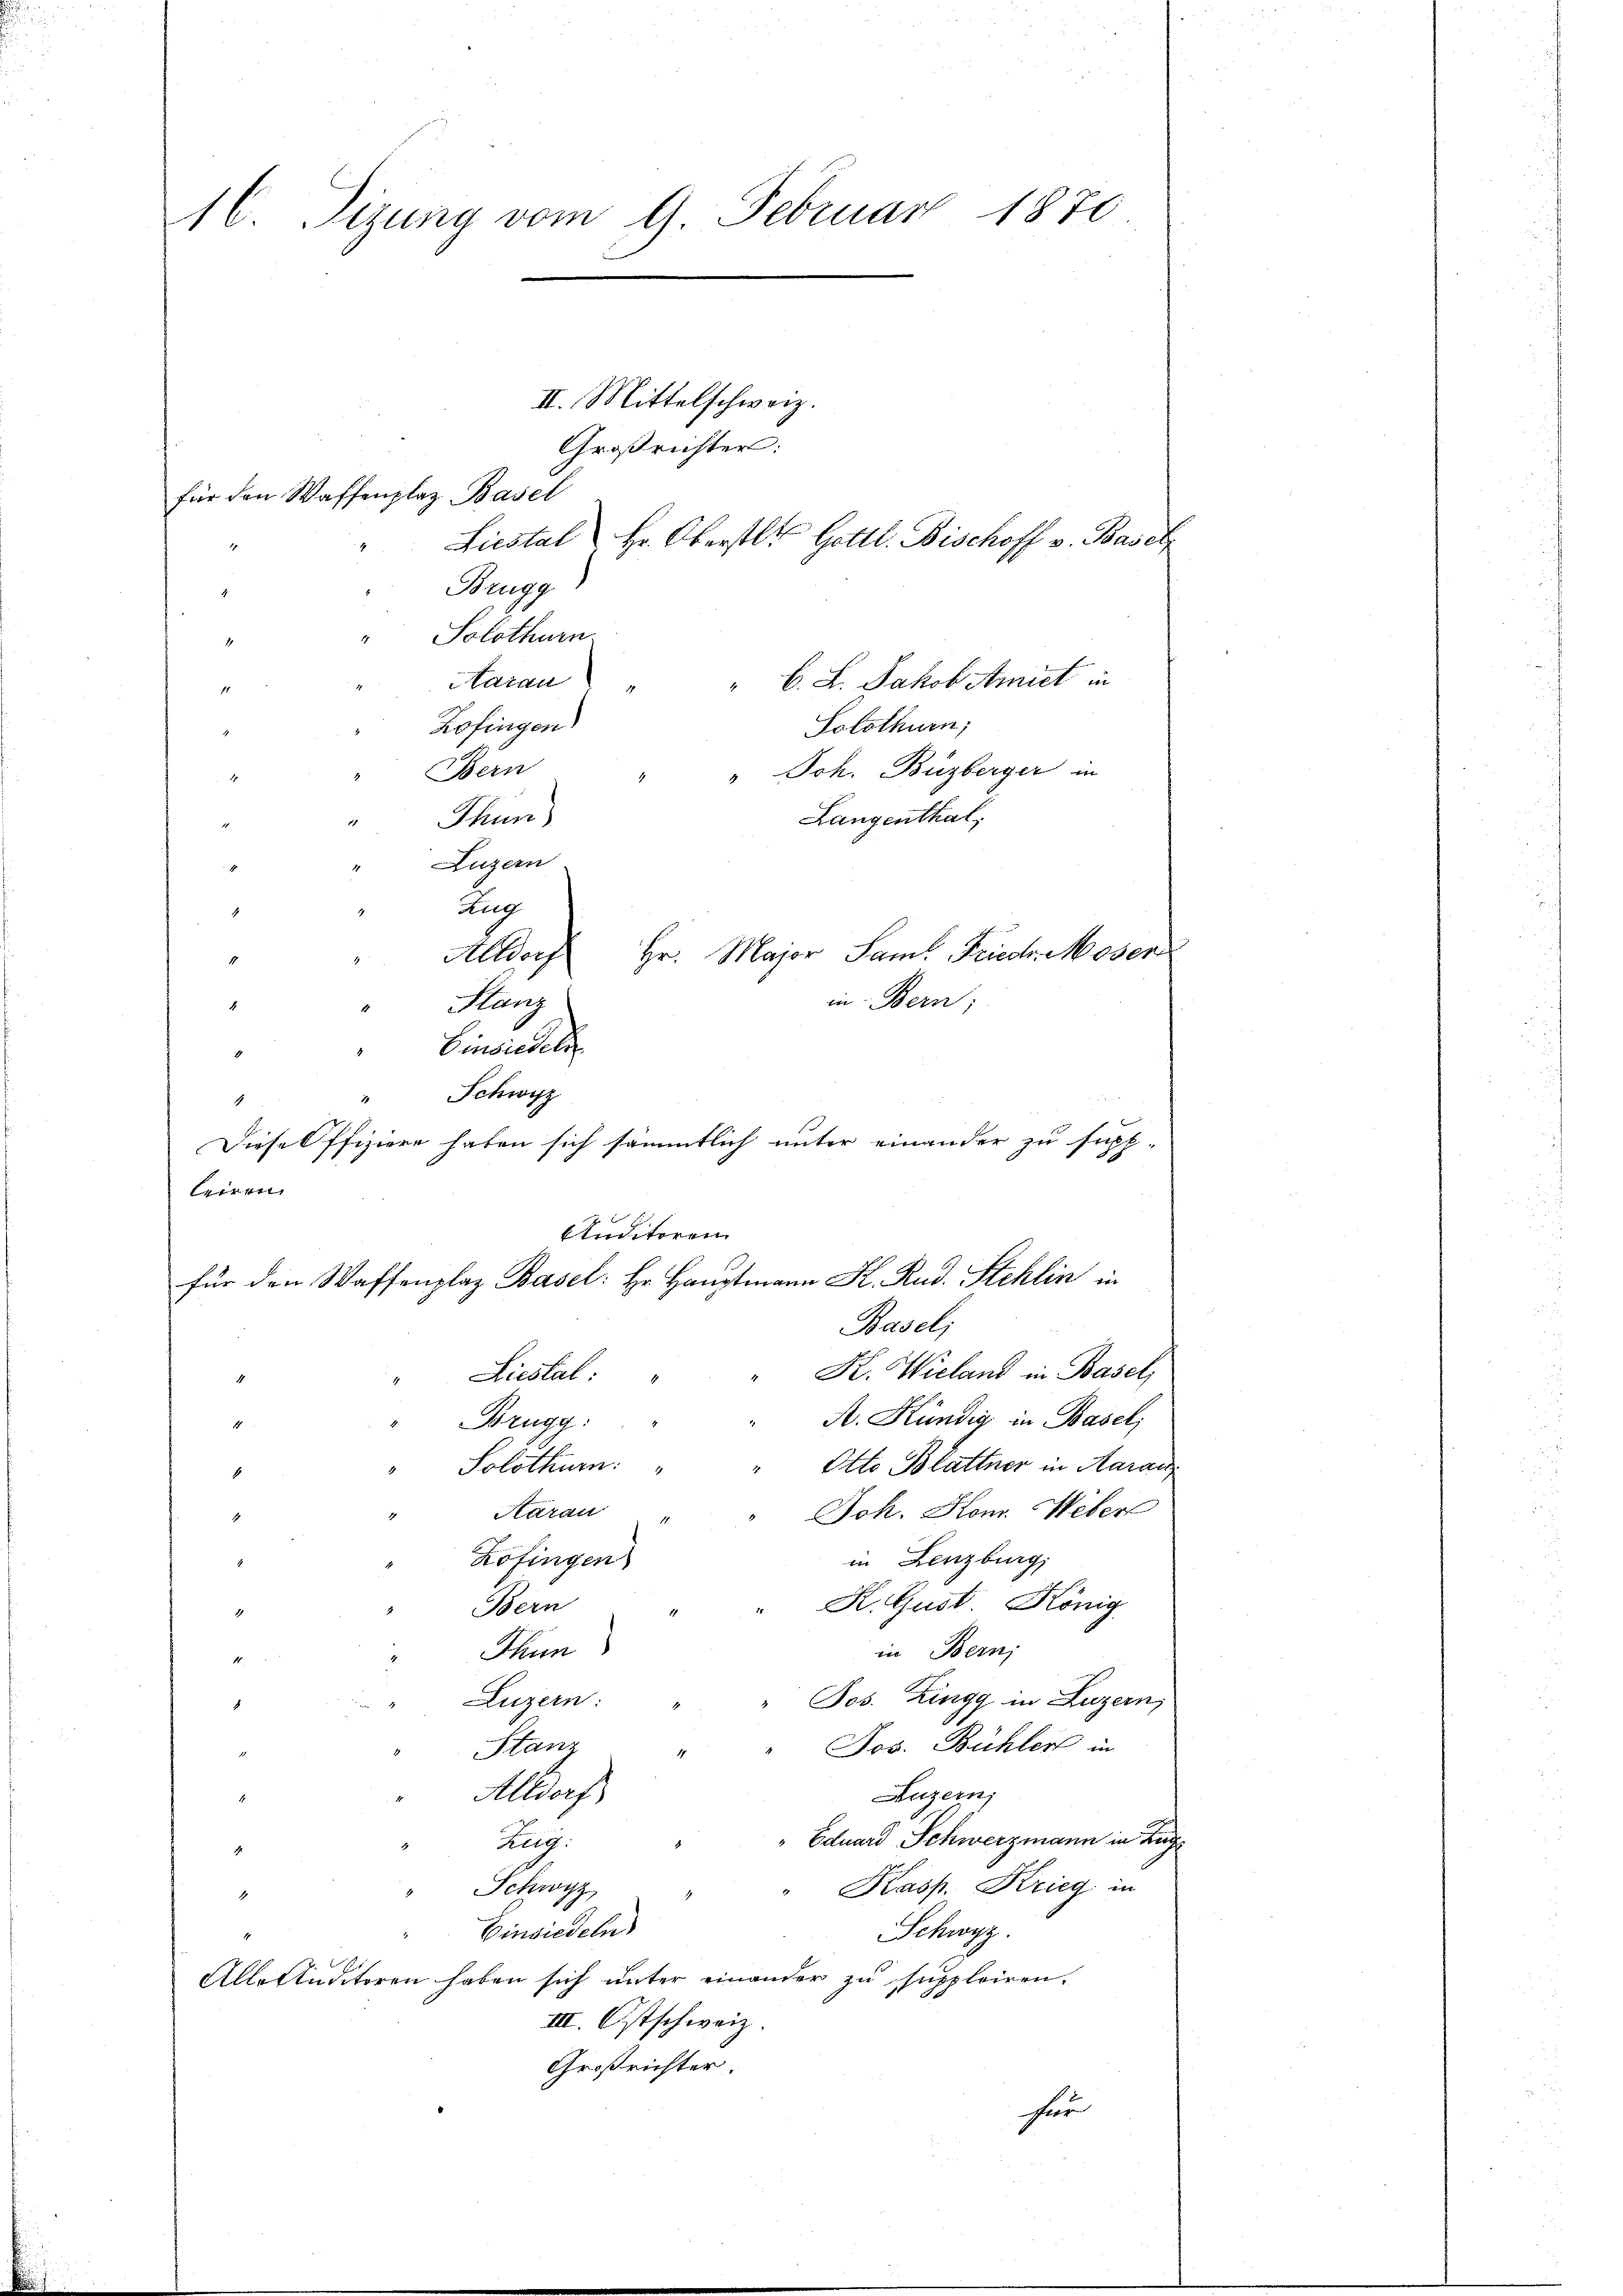
d

16. Sizung vom 9. Februar 1870
II. Mittelschweiz.
Großrichter:
für den Waffenplaz Basel
Liestal Hr. Oberstl. Gottl. Bischoff v. Basel
Brugg

aug
Hr. Major Sam. Friedr. Moser
Altdorf
in Bern;
Kanz
Einsiedels
Schwyz
2
4
Diesel ffiziere haben sich sämmtlich unter einander zu supp-
leiren
Auditoren
für den Waffenplaz Basel: Hr. Hauptmann K. Rud. Stehlin in
Basel;

" Solothurn
1
Aarau
" C. L. Jakob Amiet in
1
Zofingen)
Solothurn,
Bern
" Joh. Buzberger in
Langenthal,
Thun
Luzern
K. Wieland in Basel;
Liestal:
A. Kündig in Basel
Brugg:
1
Solothurn.
Otto Blattner in Karaić
2
1
Joh. Hon. Weberl
" Aarau
1
in Lenzburg,
Zofingen
K. Gust König
Bern
Thun
in Bern;
Jos. Zingg in Luzern,
Luzern:
Jos. Bühler in
Hanz
Allvorst
Luzern,
" Eduard Schwerzmann in Zug
ang.
1
" Kasp. Krieg in
Schwyz
1
Einsiedeln
Schwyz.
Alle Studitoren haben sich unter einander zu suppleiren.
III. Ostschweiz.
Großrichter.
herr